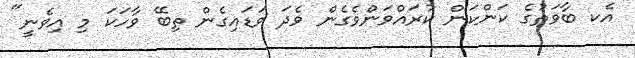
އެކ ބާވަތުގެ ކަންކަން ކުރައްވަންވެގެން ވެދަ ވަޑައިގެން ތިބޭ ވާހަކަ މި އިވެނީ"